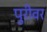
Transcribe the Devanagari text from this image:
पुरीवर